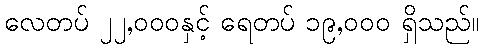
လေတပ် ၂၂,၀၀၀နှင့် ရေတပ် ၁၉,၀၀၀ ရှိသည်။